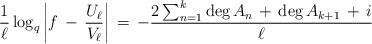
LaTeX: \begin{align*}\frac{1}{\ell} \log_{q} \left| f \, - \, \frac{U_{\ell}}{V_{\ell}} \right| \, = \, - \frac{2 \sum_{n=1}^{k} \deg A_{n} \, + \, \deg A_{k+1} \, + \, i} {\ell}\end{align*}